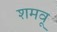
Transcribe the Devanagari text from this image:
शमवू